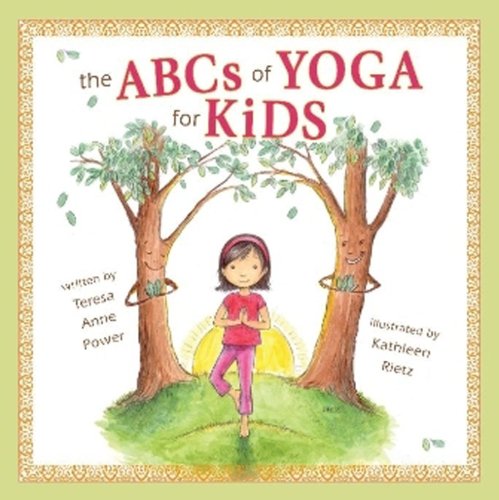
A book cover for The ABCs of Yoga for Kids; Teresa Power; Health, Fitness & Dieting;